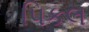
પિકલ